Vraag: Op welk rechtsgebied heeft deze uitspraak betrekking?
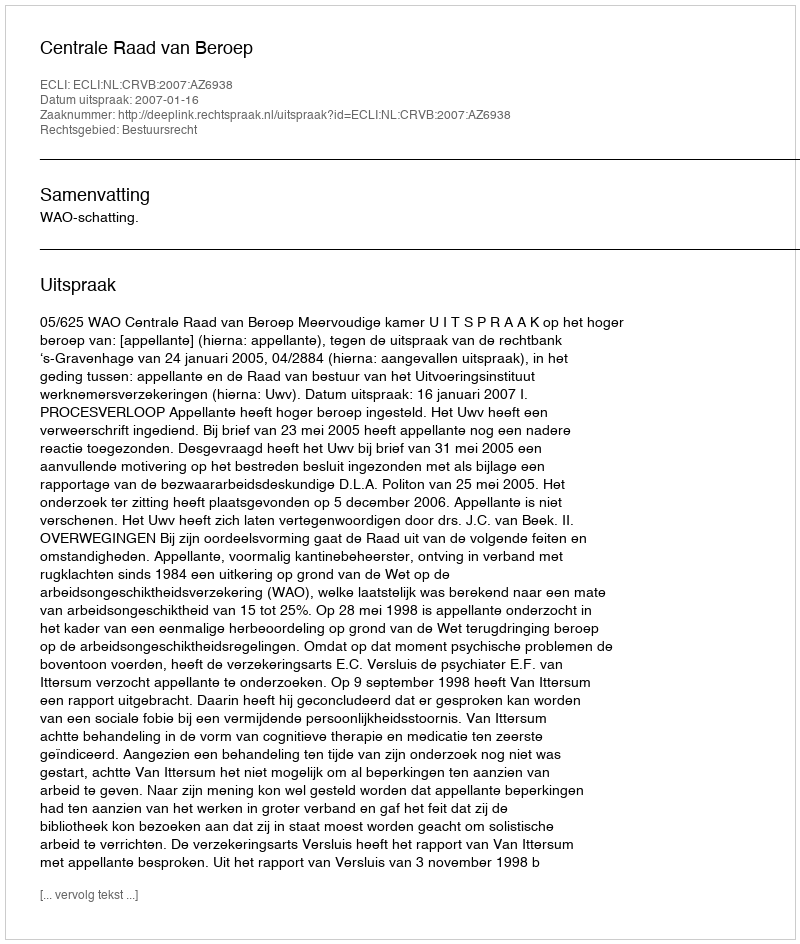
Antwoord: Bestuursrecht